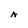
Character: N